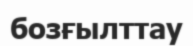
бозғылттау